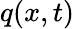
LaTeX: q(x,t)